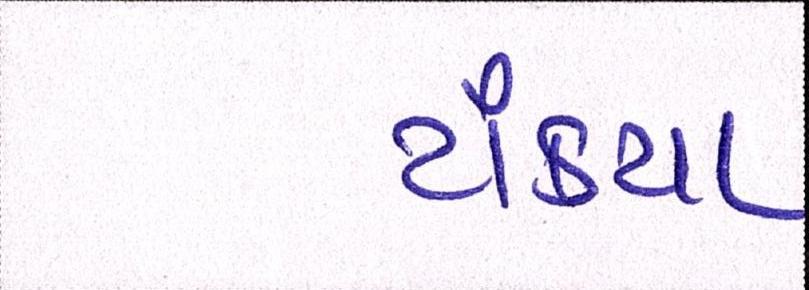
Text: ટાંક્યા